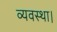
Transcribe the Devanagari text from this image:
व्‍यवस्‍था।